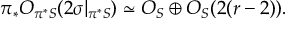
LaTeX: \pi _ { * } { \cal O } _ { \pi ^ { * } { \cal S } } ( 2 \sigma | _ { \pi ^ { * } { \cal S } } ) \simeq { \cal O } _ { { \cal S } } \oplus { \cal O } _ { { \cal S } } ( 2 ( r - 2 ) ) .